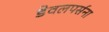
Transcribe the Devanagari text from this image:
डेवलपर्सना